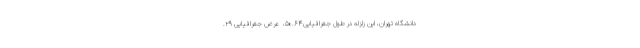
دانشگاه تهران، این زلزله در طول جغرافیایی۵۰.۶۴، ‌ عرض جغرافیایی ۲۹.